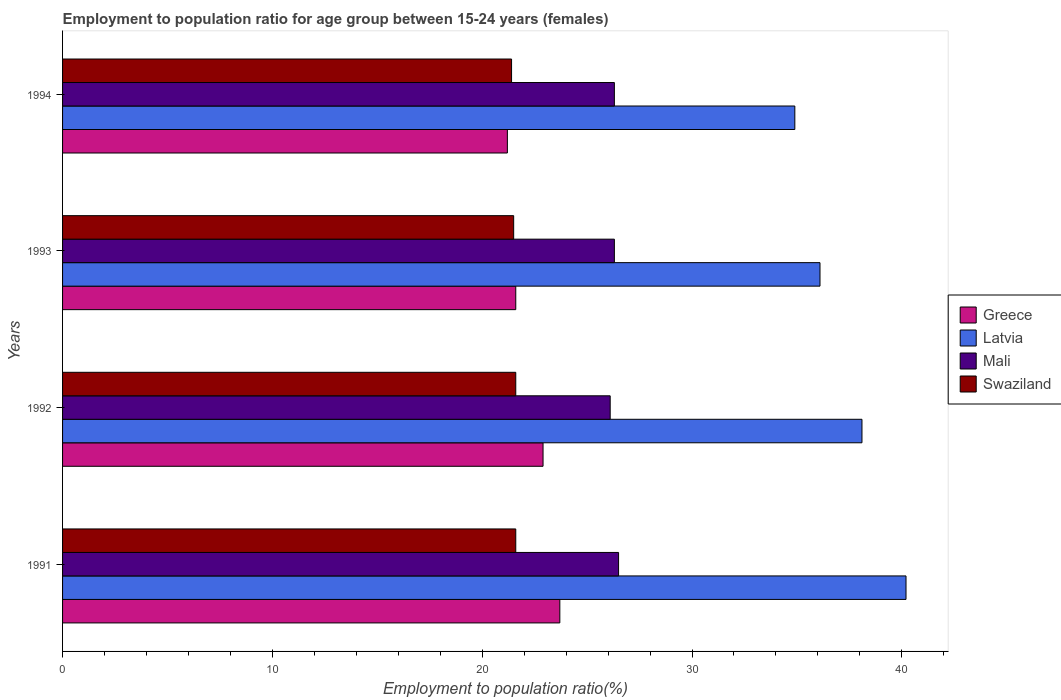
| Years | Greece | Latvia | Mali | Swaziland |
 | --- | --- | --- | --- | --- |
 | 1991 | 23.7 | 40.2 | 26.5 | 21.6 |
 | 1992 | 22.9 | 38.1 | 26.1 | 21.6 |
 | 1993 | 21.6 | 36.1 | 26.3 | 21.5 |
 | 1994 | 21.2 | 34.9 | 26.3 | 21.4 |